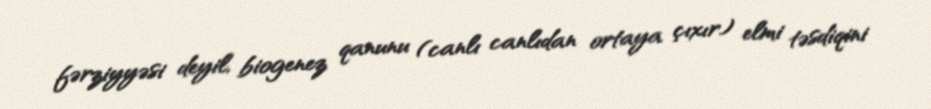
fərziyyəsi deyil, biogenez qanunu (canlı canlıdan ortaya çıxır) elmi təsdiqini